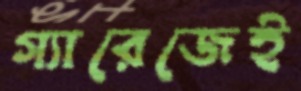
গ্যারেজেই